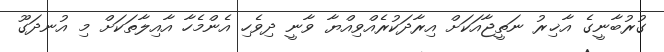
ގުރުބާނީގެ އާޚިރު ނަތީޖާއަކަށް އިރާދަކުރެއްވިއްޔާ ވާނީ ދިވެހި އެންމެހާ އާއިލާތަކަށް މި އުނދަގޫ